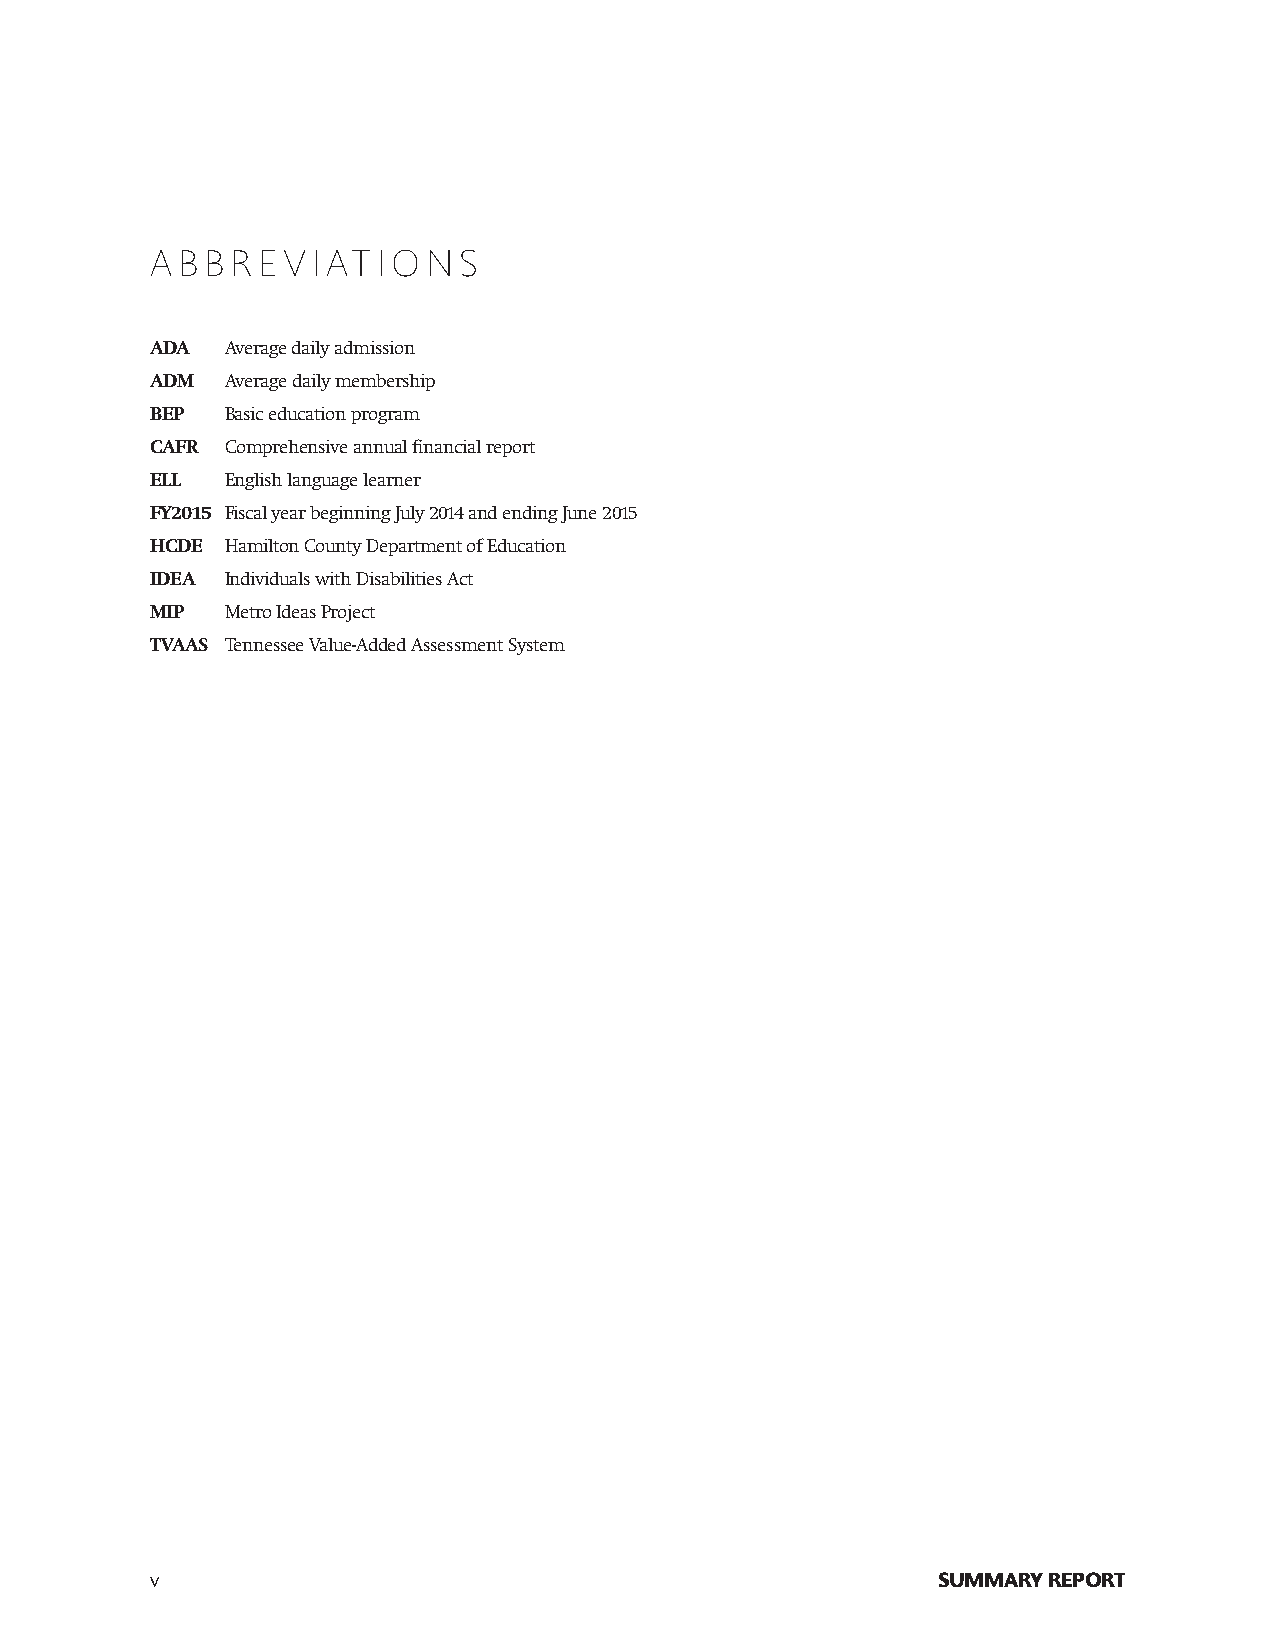
ABBREVIATIONS
 ADA  Average daily admission
 ADM  Average daily membership
 BEP  Basic education program
 CAFR Comprehensive annual financial report
 ELL  English language learner
 FY2015 Fiscal year beginning July 2014 and ending June 2015
 HCDE Hamilton County Department of Education
 IDEA Individuals with Disabilities Act
 MIP  Metro Ideas Project
 TVAAS Tennessee Value-Added Assessment System
 v                                                   SUMMARY REPORT